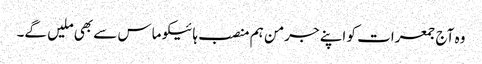
وہ آج جمعرات کو اپنے جرمن ہم منصب ہائیکو ماس سے بھی ملیں گے۔